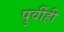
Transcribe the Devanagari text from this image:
पुर्वीही